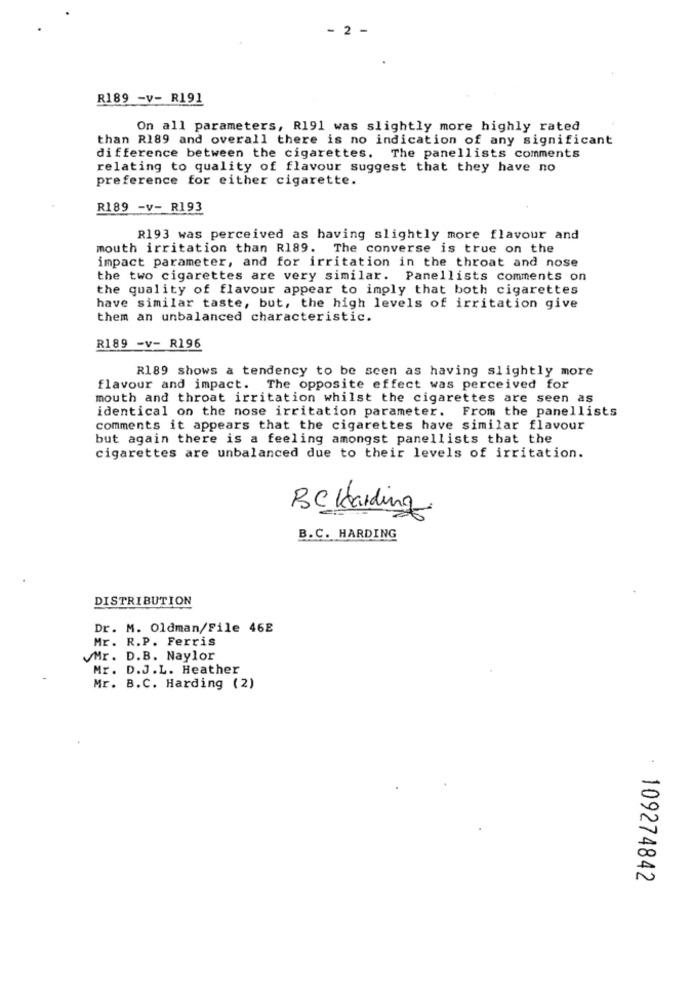
- 2 -
R189 -v- R191
On all parameters, R191 was slightly more highly rated
than R189 and overall there is no indication of any significant
difference between the cigarettes. The panellists comments
relating to quality of flavour suggest that they have no
preference for either cigarette.
R189 -v- R193
R193 was perceived as having slightly more flavour and
mouth irritation than R189. The converse is true on the
impact parameter, and for irritation in the throat and nose
the two cigarettes are very similar. Panellists comments on
the quality of flavour appear to imply that both cigarettes
have similar taste, but, the high levels of irritation give
them an unbalanced characteristic.
R189 -v- R196
R189 shows a tendency to be seen as having slightly more
flavour and impact. The opposite effect was perceived for
mouth and throat irritation whilst the cigarettes are seen as
identical on the nose irritation parameter. From the panellists
comments it appears that the cigarettes have similar flavour
but again there is a feeling amongst panellists that the
cigarettes are unbalanced due to their levels of irritation.
Bekarding
B.C. HARDING
DISTRIBUTION
Dr. M. Oldman/File 46E
Mr. R.P. Ferris
Mr. D.B. Naylor
Mr. D.J.L. Heather
Mr. B.C. Harding (2)
: 109274842